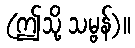
(ဤသို့ သမ္ဗန်)။